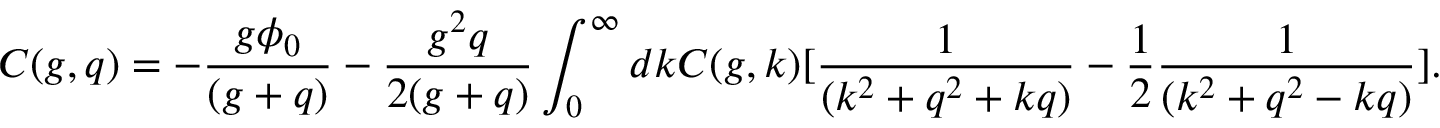
C ( g , q ) = - { \frac { g \phi _ { 0 } } { ( g + q ) } } - { \frac { g ^ { 2 } q } { 2 ( g + q ) } } \int _ { 0 } ^ { \infty } d k C ( g , k ) [ { \frac { 1 } { ( k ^ { 2 } + q ^ { 2 } + k q ) } } - { \frac { 1 } { 2 } } { \frac { 1 } { ( k ^ { 2 } + q ^ { 2 } - k q ) } } ] .